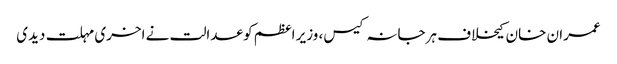
عمران خان کیخلاف ہرجانہ کیس، وزیر اعظم کو عدالت نے اخری مہلت دیدی